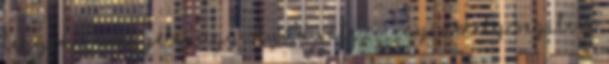
legyen a megyében egy olyan intézmény, amely segíti a